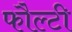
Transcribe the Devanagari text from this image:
फौल्टी